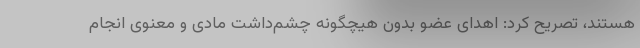
هستند، تصریح کرد: اهدای عضو بدون هیچگونه چشم‌داشت مادی و معنوی انجام